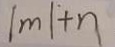
\vert m \vert + n